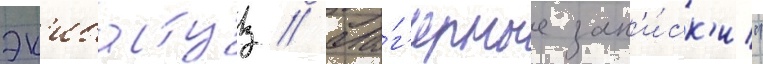
эк'ибастуз // Ла́г'ерные зап'и́ск'и"